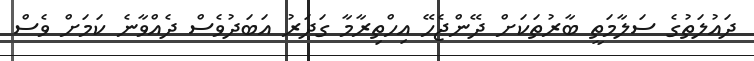
ދައުލަތުގެ ސަލާމަތީ ބާރުތަކަށް ދޭންޖެހޭ އިހްތިރާމާ ގަދަރު އަބަދުވެސް ދެއްވާނެ ކަމަށް ވެސް